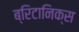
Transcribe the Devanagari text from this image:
ब्रिटानिक्स